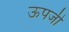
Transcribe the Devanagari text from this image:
ऊपजी